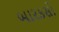
બારકસો